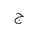
Letter: _gim